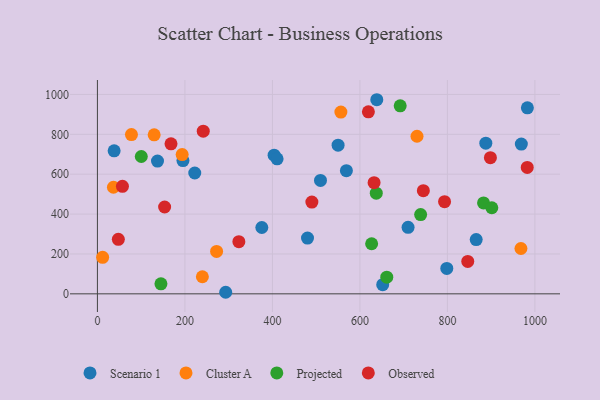
{"axis": {"x": "Study Hours", "y": "Salary"}, "legend": ["Cluster A", "Observed", "Projected", "Scenario 1"], "data": [{"x": "652.1", "y": 45.9, "type": "Scenario 1"}, {"x": "375.8", "y": 332.6, "type": "Scenario 1"}, {"x": "195.5", "y": 668.4, "type": "Scenario 1"}, {"x": "865.8", "y": 272.3, "type": "Scenario 1"}, {"x": "550.1", "y": 745.6, "type": "Scenario 1"}, {"x": "982.8", "y": 933.0, "type": "Scenario 1"}, {"x": "480.2", "y": 279.5, "type": "Scenario 1"}, {"x": "38.2", "y": 717.2, "type": "Scenario 1"}, {"x": "403.9", "y": 695.1, "type": "Scenario 1"}, {"x": "887.8", "y": 755.3, "type": "Scenario 1"}, {"x": "222.5", "y": 605.9, "type": "Scenario 1"}, {"x": "638.6", "y": 973.4, "type": "Scenario 1"}, {"x": "137.3", "y": 665.5, "type": "Scenario 1"}, {"x": "293.2", "y": 7.8, "type": "Scenario 1"}, {"x": "969.0", "y": 750.8, "type": "Scenario 1"}, {"x": "798.6", "y": 127.6, "type": "Scenario 1"}, {"x": "710.1", "y": 333.7, "type": "Scenario 1"}, {"x": "509.9", "y": 568.7, "type": "Scenario 1"}, {"x": "569.1", "y": 617.8, "type": "Scenario 1"}, {"x": "410.7", "y": 677.1, "type": "Scenario 1"}, {"x": "730.5", "y": 790.3, "type": "Cluster A"}, {"x": "193.7", "y": 698.3, "type": "Cluster A"}, {"x": "11.9", "y": 183.2, "type": "Cluster A"}, {"x": "36.6", "y": 534.4, "type": "Cluster A"}, {"x": "556.5", "y": 911.7, "type": "Cluster A"}, {"x": "272.4", "y": 212.8, "type": "Cluster A"}, {"x": "968.1", "y": 227.2, "type": "Cluster A"}, {"x": "77.8", "y": 798.6, "type": "Cluster A"}, {"x": "129.7", "y": 797.2, "type": "Cluster A"}, {"x": "239.9", "y": 85.6, "type": "Cluster A"}, {"x": "145.2", "y": 50.3, "type": "Projected"}, {"x": "738.8", "y": 397.3, "type": "Projected"}, {"x": "100.3", "y": 688.6, "type": "Projected"}, {"x": "626.8", "y": 251.2, "type": "Projected"}, {"x": "882.6", "y": 455.9, "type": "Projected"}, {"x": "901.5", "y": 431.6, "type": "Projected"}, {"x": "692.1", "y": 942.9, "type": "Projected"}, {"x": "661.4", "y": 83.7, "type": "Projected"}, {"x": "637.4", "y": 504.7, "type": "Projected"}, {"x": "898.3", "y": 683.0, "type": "Observed"}, {"x": "632.4", "y": 557.2, "type": "Observed"}, {"x": "241.9", "y": 815.5, "type": "Observed"}, {"x": "57.2", "y": 539.1, "type": "Observed"}, {"x": "323.3", "y": 261.5, "type": "Observed"}, {"x": "745.0", "y": 517.1, "type": "Observed"}, {"x": "619.4", "y": 912.8, "type": "Observed"}, {"x": "982.5", "y": 633.8, "type": "Observed"}, {"x": "47.8", "y": 273.2, "type": "Observed"}, {"x": "153.6", "y": 435.4, "type": "Observed"}, {"x": "793.5", "y": 462.3, "type": "Observed"}, {"x": "490.2", "y": 460.1, "type": "Observed"}, {"x": "168.2", "y": 752.3, "type": "Observed"}, {"x": "846.5", "y": 162.3, "type": "Observed"}]}